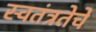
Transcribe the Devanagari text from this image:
स्वतंत्रतेचे